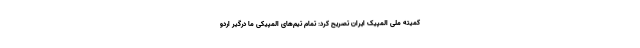
کمیته ملی المپیک ایران تصریح کرد: تمام تیم‌های المپیکی ما درگیر اردو